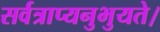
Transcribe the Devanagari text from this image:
सर्वत्राप्यनुभुयते।